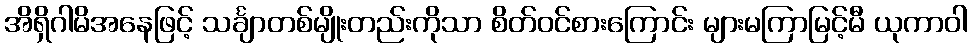
အိရှိဂါမိအနေဖြင့် သင်္ချာတစ်မျိုးတည်းကိုသာ စိတ်ဝင်စားကြောင်း များမကြာမြင့်မီ ယုကာဝါ